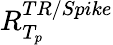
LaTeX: R_{T_{p}}^{TR/Spike}